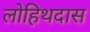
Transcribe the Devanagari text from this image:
लोहिथदास